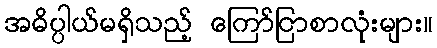
အဓိပ္ပါယ်မရှိသည့် ကြော်ငြာစာလုံးများ။